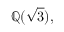
\mathbb { Q } ( { \sqrt { 3 } } ) ,